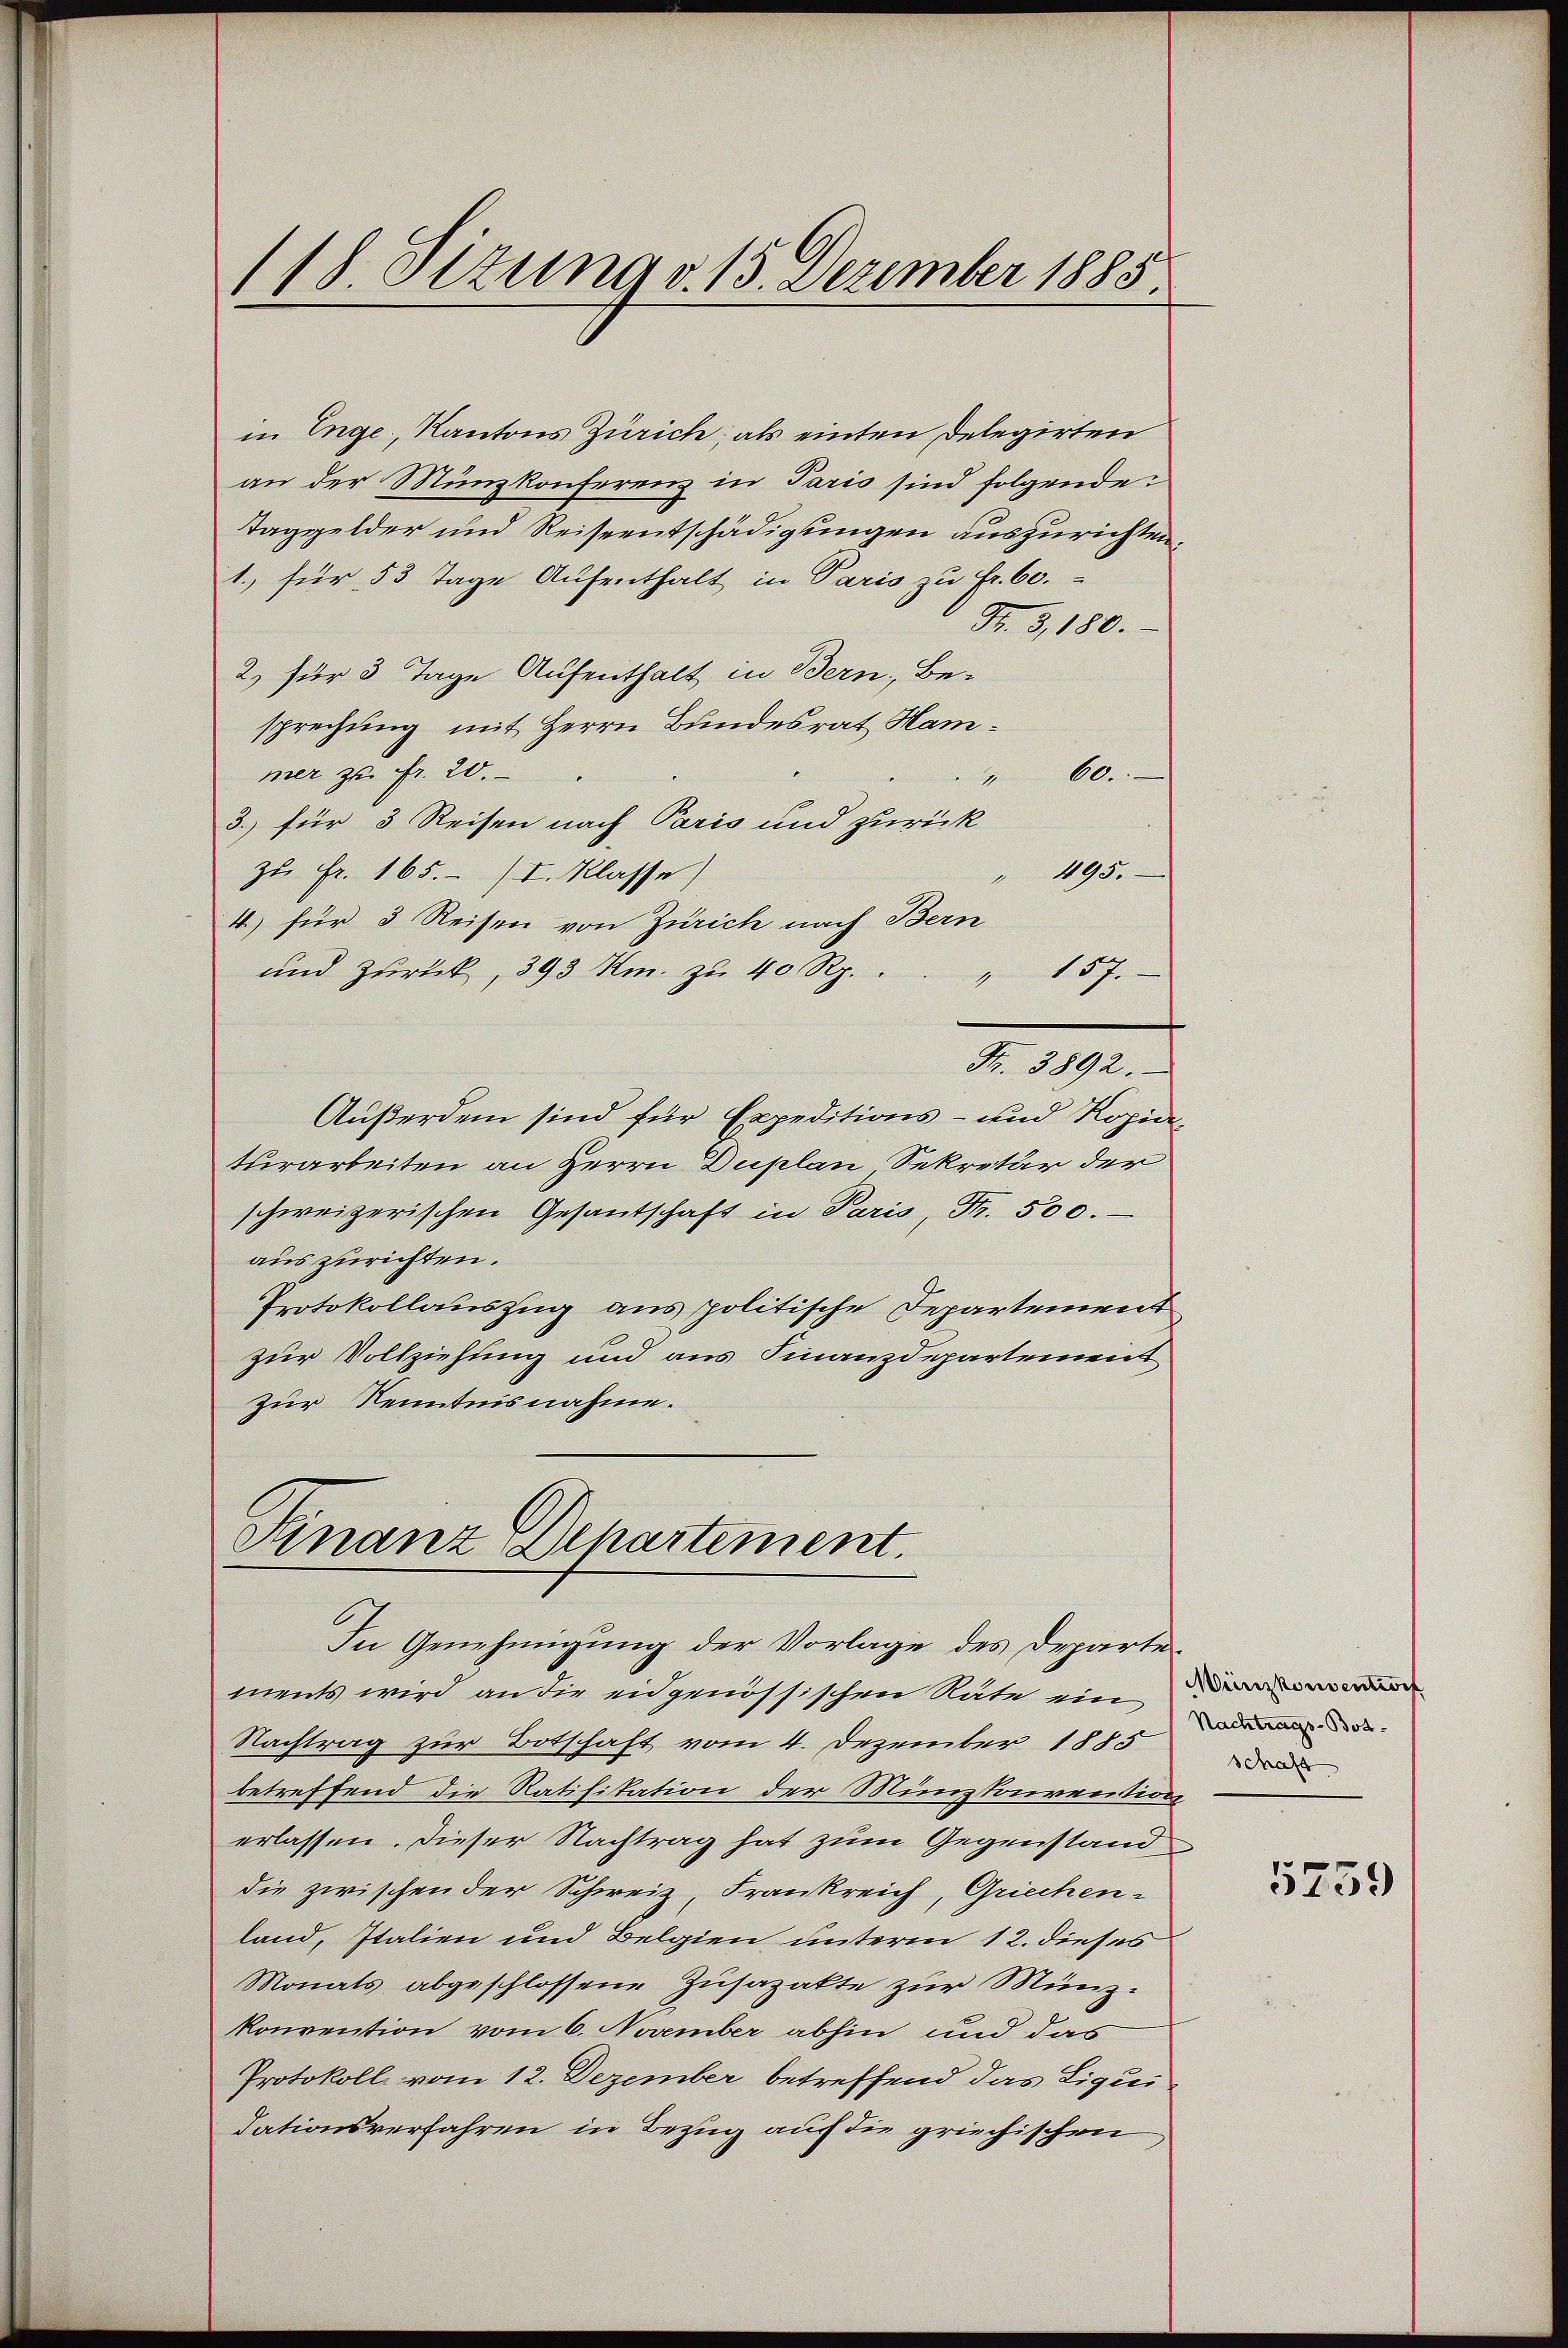
in Enge, Kantons Zürich; als einten Delegirten
an der Münzkonferenz in Paris sind folgende:
Taggelder und Reiseentschädigungen auszurichten.
1. für 53 Tage Aufenthalt in Paris zu fr. 60.
Fr. 3, 180.
2) für 3 Tage Aufenthalt in Bern, Be-
sprechung mit Herrn Bundesrat Hammer zu Fr. 20.
60.
1
3. für 3 Reisen nach Paris und zurück
zu Fr. 165. I. Klasse)
" 495.
4.) für 3 Reisen von Zürich nach Bern
und zurück, 393 Km. zu 40 Rp.
" 157.
Fr. 3892.
Außerdem sind für Expeditions- und Kopia
turarbeiten an Herrn Duplan Sekretär der
schweizerischen Gesantschaft in Paris, Fr. 500.
auszurichten.
Protokollauszug aus politische Departement
zur Vollziehung und aus Finanzdepartement
zur Kenntnisnahme.

118 Sizung d. 15. Dezember 1885.

Finanz-Departement.
In Genehmigung der Vorlage des Departe¬

ments wird an die eidgenössischen Räte ein
Nachtrag zur Botschaft vom 4. Dezember 1885
betreffend die Ratifikation der Münzkonvention
erlassen. Dieser Nachtrag hat zum Gegenstand
die zwischen der Schweiz, Frankreich, Griechen-
land, Italien und Belgien unterm 12. dieses
Monats abgeschlossene Zusazakte zur Münzkonvention vom 6. November abhin und das
Protokoll vom 12. Dezember betreffend das Liqui
dationsverfahren in Bezug auf die griechischen

Münzkonsentworf
Nachtrags-Bot.
schaft

5259